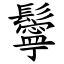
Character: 鬡